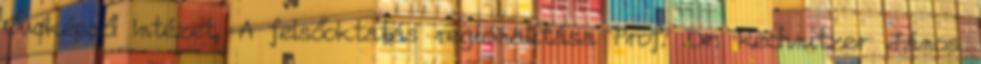
Óvóképző Intézet, A felsőoktatás regionalitása Prof. Dr. Rechnitzer János